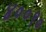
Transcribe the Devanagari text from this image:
४००९०